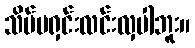
သိပ်မရှင်းလင်းလှပါဘူး။